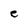
Character: e